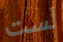
لست